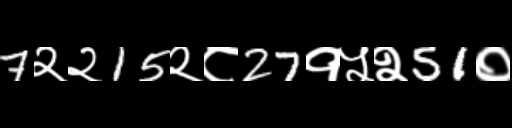
Text: 7२२15२८27१५२51०